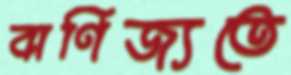
বাণিজ্যতে